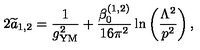
2 { \widetilde a } _ { 1 , 2 } = { \frac { 1 } { g _ { \mathrm { { \small Y M } } } ^ { 2 } } } + { \frac { \beta _ { 0 } ^ { ( 1 , 2 ) } } { 1 6 \pi ^ { 2 } } } \ln \left( { \frac { \Lambda ^ { 2 } } { p ^ { 2 } } } \right) ,